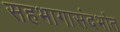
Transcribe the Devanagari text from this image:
सहभागासंदर्भात